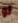
لو